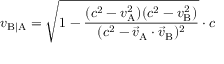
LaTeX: v _ { \mathrm { B | A } } = { \sqrt { 1 - { \frac { ( c ^ { 2 } - v _ { \mathrm { A } } ^ { 2 } ) ( c ^ { 2 } - v _ { \mathrm { B } } ^ { 2 } ) } { ( c ^ { 2 } - { \vec { v } } _ { \mathrm { A } } \cdot { \vec { v } } _ { \mathrm { B } } ) ^ { 2 } } } } } \cdot c